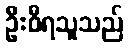
ဦးဝီရသူသည်